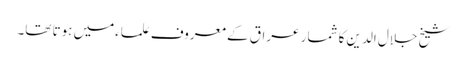
شیخ جلال الدین کا شمار عراق کے معروف علماءمیں ہوتا تھا۔